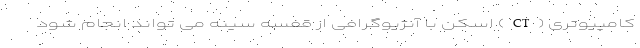
کامپیوتری (CT) اسکن با آنژیوگرافی از قفسه سینه می تواند انجام شود